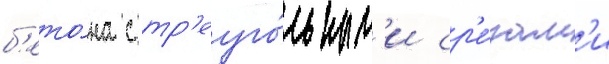
б'ето́на с тр'еуго́льным'и ср'е́зам'и